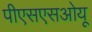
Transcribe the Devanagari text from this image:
पीएसएसओयू